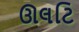
ઊલટિ